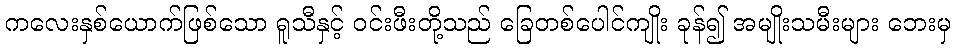
ကလေးနှစ်ယောက်ဖြစ်သော ရူသီနှင့် ဝင်းဖီးတို့သည် ခြေတစ်ပေါင်ကျိုး ခုန်၍ အမျိုးသမီးများ ဘေးမှ